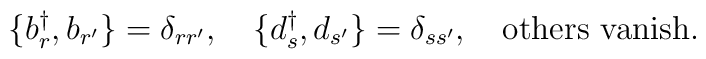
\{ b^{\dagger}_r ,b_{r^\prime} \}=\delta_{r r^\prime} ,~~~ \{ d^{\dagger}_s ,d_{s^\prime} \}=\delta_{s s^\prime} ,~~~ \mbox{others vanish}.